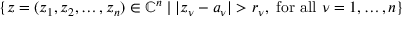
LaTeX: \{ z = ( z _ { 1 } , z _ { 2 } , \dots , z _ { n } ) \in { \mathbb { C } } ^ { n } \mid | z _ { \nu } - a _ { \nu } | > r _ { \nu } , { \mathrm { ~ f o r ~ a l l ~ } } \nu = 1 , \dots , n \}